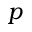
p